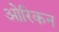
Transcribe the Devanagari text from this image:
ओरिकन